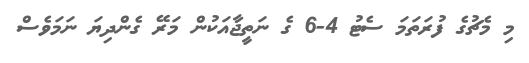
މި މެޗުގެ ފުރަތަމަ ސެޓު 4-6 ގެ ނަތީޖާއަކުން މަރޭ ގެންދިޔަ ނަމަވެސް